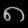
Digit: ၈